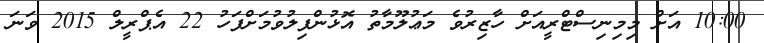
10:00 އަށް މިމިނިސްޓްރީއަށް ހާޒިރުވެ މަޢުލޫމާތު އޮޅުންފިލުވުމަށްފަހު 22 އެޕްރީލް 2015 ވަނަ